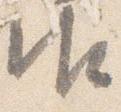
御